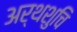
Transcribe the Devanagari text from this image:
अर्थशुचि